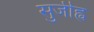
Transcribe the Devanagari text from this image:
सुजीह्व